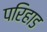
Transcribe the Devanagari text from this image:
परिहाड